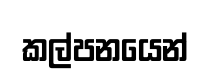
කල්පනයෙන්